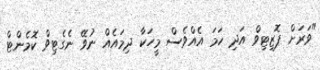
"ވަރަށް ޕޮޒިޓިވް އަދި ހަމަ އެއްވެސް މީހަކާ ދިމައެއް ނުވޭ ނެގެޓިވް ކޮމެންޓް